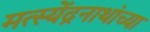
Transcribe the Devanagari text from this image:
मत्स्येंद्रनाथांच्या